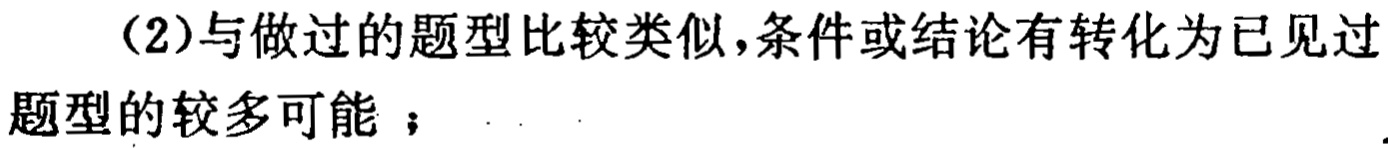
（2）与做过的题型比较类似，条件或结论有转化为已见过题型的较多可能；